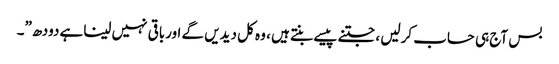
بس آج ہی حساب کرلیں ، جتنے پیسے بنتے ہیں ، وہ کل دیدیں گے اورباقی نہیں لیناہے دودھ”۔